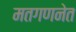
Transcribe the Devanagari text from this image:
मतगणनेत